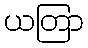
ယတြာ